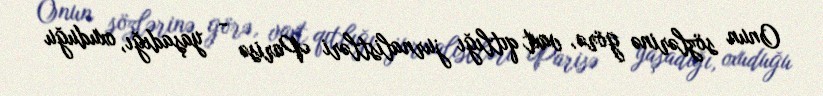
Onun sözlərinə görə, vaxt qıtlığı jurnalistləri Parisə - yaşadığı, oxuduğu